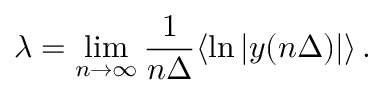
\lambda = \operatorname* { l i m } _ { n \to \infty } \frac { 1 } { n \Delta } \langle \ln | y ( n \Delta ) | \rangle \, .